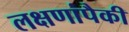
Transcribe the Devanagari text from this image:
लक्षणांपैकी